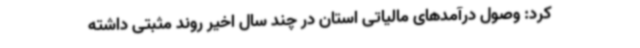
کرد: وصول درآمدهای مالیاتی استان در چند سال اخیر روند مثبتی داشته